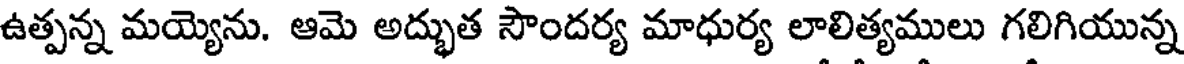
ఉత్పన్న మయ్యెను. ఆమె అద్భుత సౌందర్య మాధుర్య లాలిత్యములు గలిగియున్న